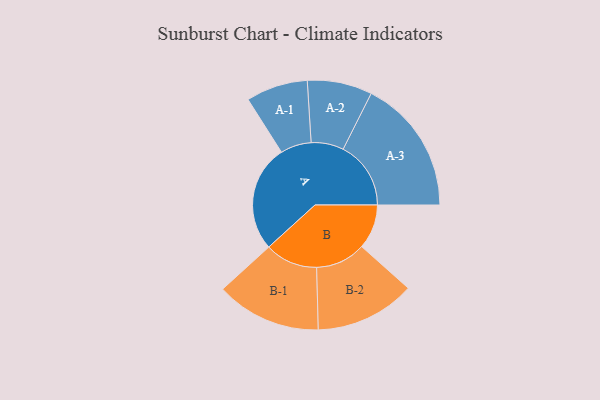
{"axis": {"x": "Segment", "y": "Value"}, "legend": ["", "A", "B"], "data": [{"x": "A", "y": 412, "type": ""}, {"x": "B", "y": 172, "type": ""}, {"x": "A-1", "y": 119, "type": "A"}, {"x": "A-2", "y": 125, "type": "A"}, {"x": "A-3", "y": 261, "type": "A"}, {"x": "B-1", "y": 203, "type": "B"}, {"x": "B-2", "y": 193, "type": "B"}]}